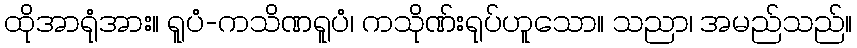
ထိုအာရုံအား။ ရူပံ-ကသိဏရူပံ၊ ကသိုဏ်းရုပ်ဟူသော။ သညာ၊ အမည်သည်။